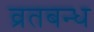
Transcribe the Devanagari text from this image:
व्रतबन्ध